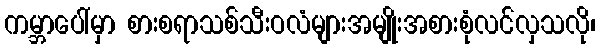
ကမ္ဘာပေါ်မှာ စားစရာသစ်သီးဝလံများအမျိုးအစားစုံလင်လှသလို၊